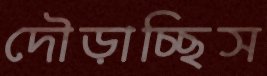
দৌড়াচ্ছিস